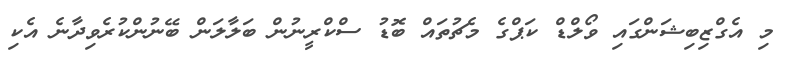
މި އެގްޒިބިޝަންގައި ވޯލްޑް ކަޕްގެ މެޗުތައް ބޮޑު ސްކްރީނުން ބަލާލަން ބޭނުންކުރެވިދާނެ އެކި